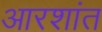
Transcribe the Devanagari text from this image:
आरशांत